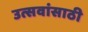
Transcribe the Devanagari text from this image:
उत्सवांसाठी